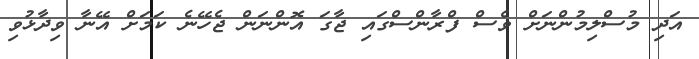
އަދި މުސްލިމުންނަށް ވެސް ފްރާންސްގައި ޖާގަ އޮންނަން ޖެހޭނެ ކަމަށް އޭނާ ވިދާޅުވި